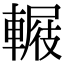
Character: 𨍺